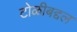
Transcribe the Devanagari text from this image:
टोळीबद्दल